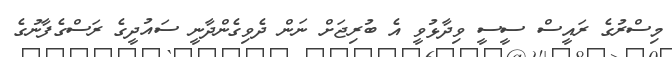
މިސްރުގެ ރައީސް ސީސީ ވިދާޅުވީ އެ ބުރިޖަށް ނަން ދެވިގެންދާނީ ސައުދީގެ ރަސްގެފާނުގެ